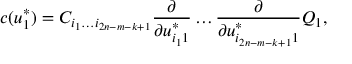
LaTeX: c ( u _ { 1 } ^ { * } ) = C _ { i _ { 1 } \ldots i _ { 2 n - m - k + 1 } } { \frac { \partial } { \partial u _ { i _ { 1 } 1 } ^ { * } } } \ldots { \frac { \partial } { \partial u _ { i _ { 2 n - m - k + 1 } 1 } ^ { * } } } Q _ { 1 } ,